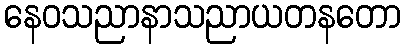
နေဝသညာနာသညာယတနတော